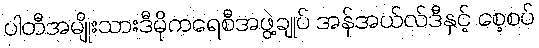
ပါတီအမျိုးသားဒီမိုကရေစီအဖွဲ့ချုပ် အန်အယ်လ်ဒီနှင့် စေ့စပ်